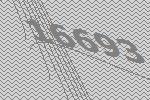
16693